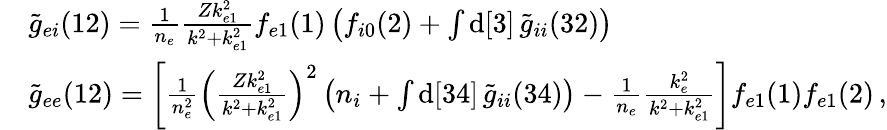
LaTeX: \begin{array}{rl}&{\widetilde{g}_{ei}(12)=\frac{1}{n_{e}}\frac{Zk_{e1}^{2}}{k^{2}+k_{e1}^{2}}f_{e1}(1)\left(f_{i0}(2)+\int\mathrm{d}[3]\, \widetilde{g}_{ii}(32)\right)}\\ &{\widetilde{g}_{ee}(12)=\left[\frac{1}{n_{e}^{2}}\left(\frac{Zk_{e1}^{2}}{k^{2}+k_{e1}^{2}}\right)^{2}\left(n_{i}+\int\mathrm{d}[34]\, \widetilde{g}_{ii}(34)\right)-\frac{1}{n_{e}}\frac{k_{e}^{2}}{k^{2}+k_{e1}^{2}}\right]f_{e1}(1)f_{e1}(2)\, ,}\end{array}